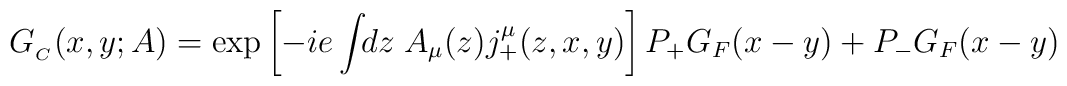
G_{_C}(x,y;A)=\exp\left[-ie\int\!\!dz\;A_\mu(z)j^\mu_+(z,x,y)\right] P_+G_F(x-y)+P_-G_F(x-y)